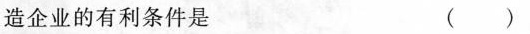
造企业的有利条件是 ( )